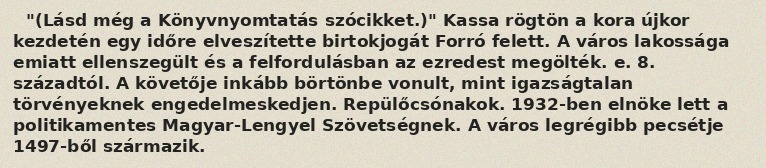
"(Lásd még a Könyvnyomtatás szócikket.)" Kassa rögtön a kora újkor kezdetén egy időre elveszítette birtokjogát Forró felett. A város lakossága emiatt ellenszegült és a felfordulásban az ezredest megölték. e. 8. századtól. A követője inkább börtönbe vonult, mint igazságtalan törvényeknek engedelmeskedjen. Repülőcsónakok. 1932-ben elnöke lett a politikamentes Magyar-Lengyel Szövetségnek. A város legrégibb pecsétje 1497-ből származik.